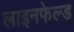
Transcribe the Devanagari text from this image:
लाइनफेल्ड